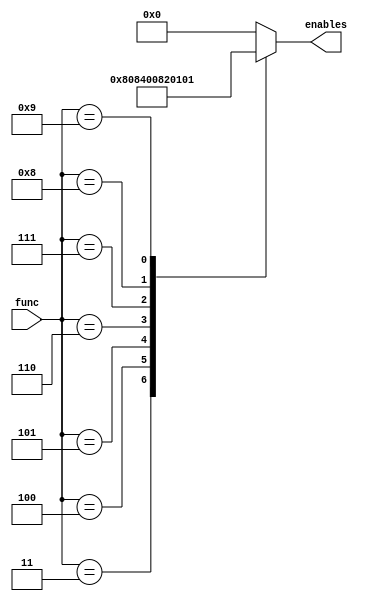
module math_en(func, enables);
    input [3:0] func;
    output reg [6:0] enables;

    always @(func) begin
        case (func)
        4'b0011 : begin enables = 7'b0100000; end //add
        4'b0100 : begin enables = 7'b0010000; end //subtract
        4'b0101 : begin enables = 7'b1000000; end //xor
        4'b0110 : begin enables = 7'b0000100; end //or
        4'b0111 : begin enables = 7'b0001000; end //and
        4'b1000 : begin enables = 7'b0000010; end //divide
        4'b1001 : begin enables = 7'b0000001; end //modulo
        default : begin enables = 7'b0000000; end //nothing enabled

        endcase
    end

endmodule